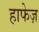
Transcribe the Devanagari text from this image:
हाफेज़